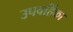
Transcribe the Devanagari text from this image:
उपवर्हिका